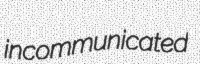
incommunicated